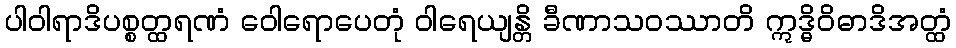
ပါဝါရာဒိပစ္စတ္ထရဏံ ဝေါရောပေတုံ ဝါရေယျန္တိ ခီဏာသဝဿာတိ ဣဒ္ဓိဝိဓာဒိအတ္ထံ